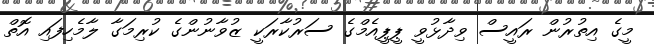
މީގެ އިތުރުން ރައީސް ވިދާޅުވީ ޕީޕީއެމްގެ ސަރުކާރަކީ ޒުވާނުންގެ ކުރިމަގާ ލާމެހިފައި އޮތް